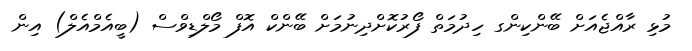
މުޅި ރާއްޖެއަށް ބޭންކިންގ ހިދުމަތް ފޯރުކޮށްދިނުމަށް ބޭންކް އޮފް މޯލްޑިވްސް (ބީއެމްއެލް) އިން